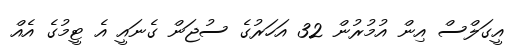
އީގަލްސް އިން އުމުރުން 32 އަހަރުގެ ސުޖަން ގެނައީ އެ ޓީމުގެ އެއް